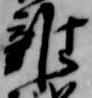
雑